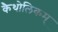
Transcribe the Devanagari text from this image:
कैथोलिकम्